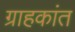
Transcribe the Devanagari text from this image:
ग्राहकांत